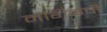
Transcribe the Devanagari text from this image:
मगिळ्ची